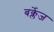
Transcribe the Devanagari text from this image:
बर्क्लेज